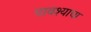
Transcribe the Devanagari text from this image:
पावश्याचा